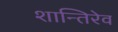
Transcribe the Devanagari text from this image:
शान्तिरेव